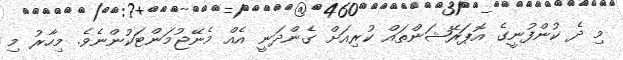
މި ދެ ކުންފުނީގެ އޮޕަރޭޝަންތައް ކުރިއަށް ގެންދަނީ އެއް މެނޭޖުމަންޓަކުންނެވެ. މިހާރު މި